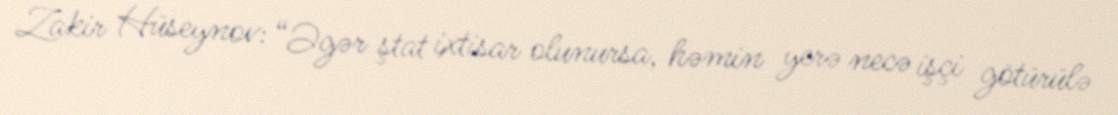
Zakir Hüseynov: “Əgər ştat ixtisar olunursa, həmin yerə necə işçi götürülə